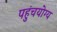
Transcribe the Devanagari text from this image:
पहुंचयोग्य